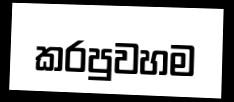
කරපුවහම